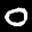
Label: 0